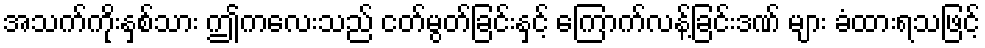
အသက်ကိုးနှစ်သား ဤကလေးသည် ငတ်မွတ်ခြင်းနှင့် ကြောက်လန့်ခြင်းဒဏ် များ ခံထားရသဖြင့်